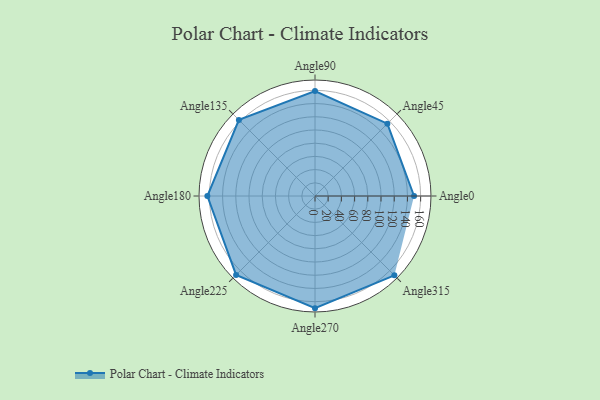
{"axis": {"x": "Angle", "y": "Radius"}, "legend": [""], "data": [{"x": "Angle0", "y": 150.0, "type": ""}, {"x": "Angle45", "y": 155.0, "type": ""}, {"x": "Angle90", "y": 159.0, "type": ""}, {"x": "Angle135", "y": 163.0, "type": ""}, {"x": "Angle180", "y": 163.0, "type": ""}, {"x": "Angle225", "y": 169.0, "type": ""}, {"x": "Angle270", "y": 170, "type": ""}, {"x": "Angle315", "y": 170, "type": ""}]}